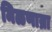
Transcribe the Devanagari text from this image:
मिळणाय्रा